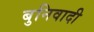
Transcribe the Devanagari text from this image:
बुनिवादी